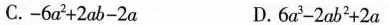
C.$$- 6 a ^ { 2 } + 2 a b - 2 a$$ D.$$6 a ^ { 3 } - 2 a b ^ { 2 } + 2 a$$